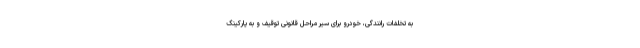
به تخلفات رانندگی، خودرو برای سیر مراحل قانونی توقیف و به پارکینگ